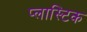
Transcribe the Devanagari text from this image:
प्‍लास्‍टिक